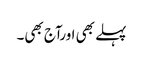
پہلے بھی اورآج بھی۔